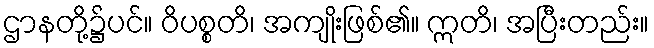
ဌာနတို့၌ပင်။ ဝိပစ္စတိ၊ အကျိုးဖြစ်၏။ ဣတိ၊ အပြီးတည်း။